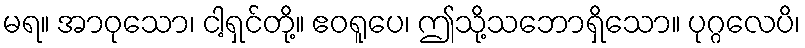
မရ။ အာဝုသော၊ ငါ့ရှင်တို့။ ဧဝရူပေ၊ ဤသို့သဘောရှိသော။ ပုဂ္ဂလေပိ၊